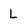
Character: L